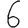
Digit: 6